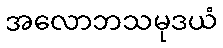
အလောဘသမုဒယံ